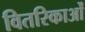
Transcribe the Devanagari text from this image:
वितरिकाओं